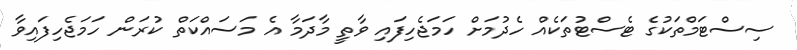
ސިސްޓަމްތަކުގެ ޓެސްޓުތަކެއް ހެދުމަށް ހަމަޖެހިފައި ވާތީ މާދަމާ އެ މަސައްކަތް ކުރަން ހަމަޖެހިފައިވާ